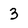
Character: 3